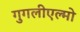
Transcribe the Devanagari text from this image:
गुगलीएल्मो